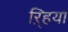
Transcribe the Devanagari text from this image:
ऱ्हिया